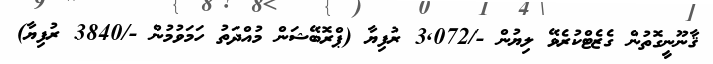
ޤާނޫނީގޮތުން ގެޒެޓްކުރެވޭ ލިޔުން -/3